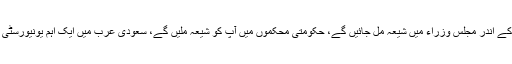
آپ کو یماری حکومت کے اندر مجلس وزراء میں شیعہ مل جائیں گے، حکومتى محکموں میں آپ کو شیعہ ملیں گے، سعودى عرب میں ایک اہم یونیورسٹى کا صدر ایک شیعہ ہے۔